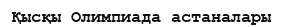
Қысқы Олимпиада астаналары